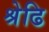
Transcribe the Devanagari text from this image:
श्रेढि